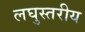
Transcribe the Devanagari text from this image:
लघुस्तरीय